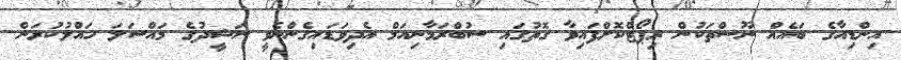
އިންޑިއާގެ ބައެއް ނޫސްތަކުން ރިޕޯޓްކޮށްފައިވާ ގޮތުގައި ސުބްރަމާނިއަމް އެދިވަޑައިގެންނެވީ ނަޝީދުގެ މައްސަލަ ހައްލުކުރަން